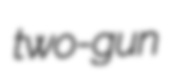
two-gun